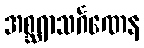
အစ္ဆရာသင်္ဂဏေန